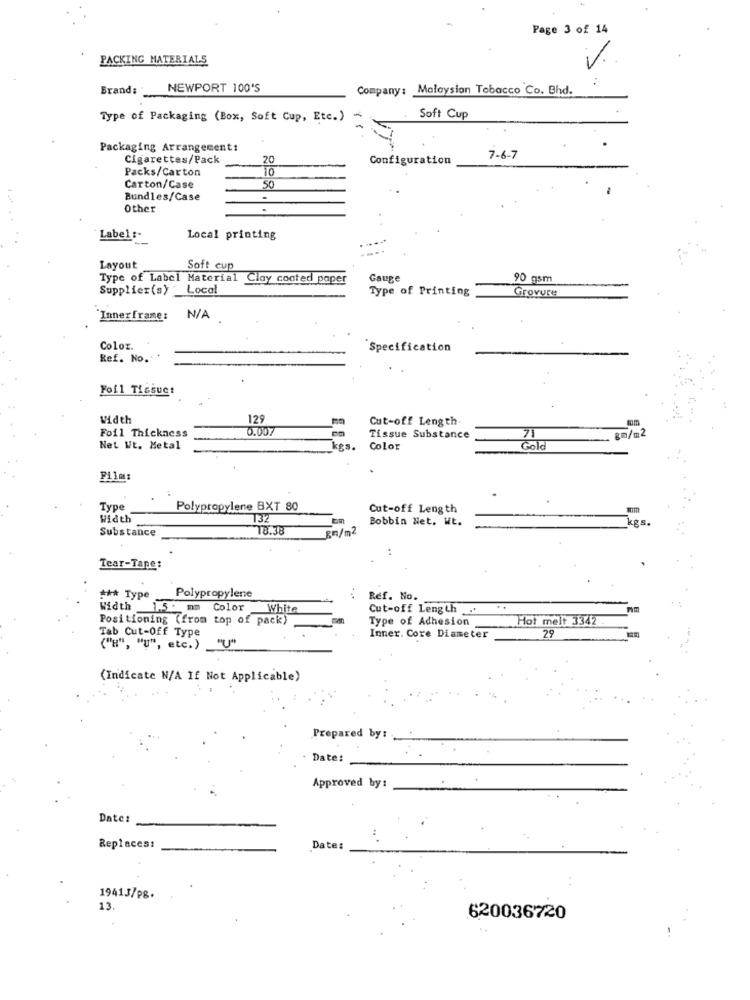
Page 3 of 14
PACKING MATERIALS
Brand:
NEWPORT 100'S
Company: Malaysian Tobacco Co. Bhd.
Type of Packaging (Box, Soft Cup, Etc.)
Soft Cup
Packaging Arrangement:
Cigarettes/Pack
20
Configuration
7-6-7
Packs/Carton
10
Carton/Case
50
Bundles/Case
Other
Label :-
Local printing
Layout
Soft cup
Type of Label Material Clay coated paper
Gauge
90 gsm
Supplier(s)
Local
Type of Printing
Grovure
Innerframe:
Coloz.
Specification
Ref. No."
Foil Tissuet
Width
129
Cut-off Length
Foil Thickness
71
Tissue Substance
gm/m2
Net Wt. Metal
kgs.
Color
Gold
Film:
Type
Polypropylene BXT 80
Cut-off Length
Width
132
Bobbin Net. WE.
kgs.
Substance
18.38
gr/m2
Tear-Tape:
*** Type
Polypropylene
Ref. No.
Width 1.5. mm Color
White
Cut-off Length
mm
Positioning (from top of pack)
Type of Adhesion
Hot melt 3342
Tab Cut-Off Type
Inner. Core Diameter
29
("H", "u", etc.)
(Indicate N/A If Not Applicable)
Prepared by:
Date:
Approved by :
Date:
Replaces:
Date:
1941J/p8.
13.
620036720